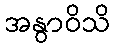
အနွာဝိသိ